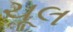
ચૂલ